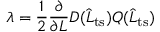
\lambda = \frac { 1 } { 2 } \frac { \partial } { \partial L } D ( \widehat { L } _ { \mathrm { t s } } ) Q ( \widehat { L } _ { \mathrm { t s } } )